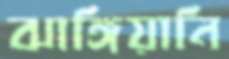
ঝাঙ্গিয়ানি